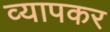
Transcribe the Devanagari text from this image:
व्यापकर